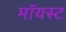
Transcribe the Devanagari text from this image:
मॉयस्ट